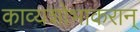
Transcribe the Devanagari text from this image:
काव्यशोभाकरान्